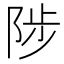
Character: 陟